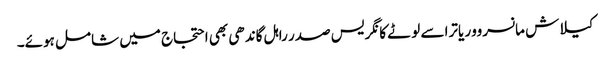
کیلاش مانسروور یاترا سے لوٹے کانگریس صدر راہل گاندھی بھی احتجاج میں شامل ہوئے۔